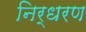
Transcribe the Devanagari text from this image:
निर्धरण